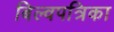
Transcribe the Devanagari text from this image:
बिल्वपत्रिका